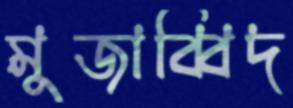
মুজাব্বিদ